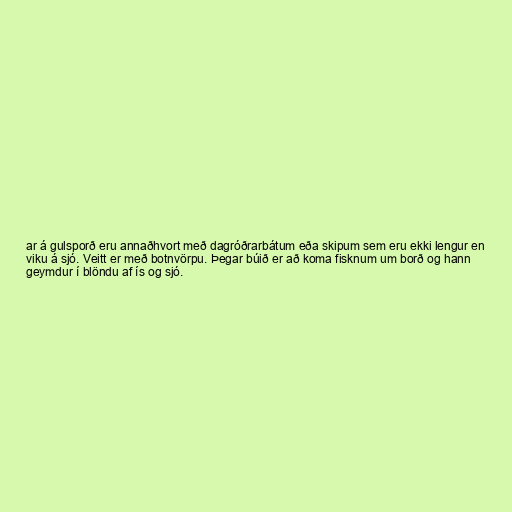
ar á gulsporð eru annaðhvort með dagróðrarbátum eða skipum sem eru ekki lengur en
viku á sjó. Veitt er með botnvörpu. Þegar búið er að koma fisknum um borð og hann
geymdur í blöndu af ís og sjó.